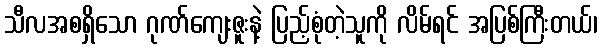
သီလအစရှိသော ဂုဏ်ကျေးဇူးနဲ့ ပြည့်စုံတဲ့သူကို လိမ်ရင် အပြစ်ကြီးတယ်၊